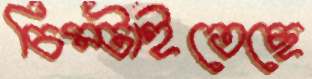
চিম্‌টাইতেছে